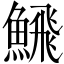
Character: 𩹉